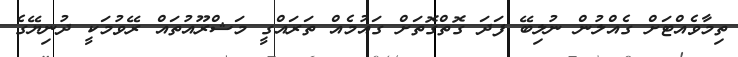
ތިމާވެއްޓަށް ގެއްލުން ނުލިބޭ ފަދަ ގޮތްގޮތަށް ގައުމެއް ތަރައްގީ މަޝްރޫއުތައް ރޭވުމަކީ ދުނިޔޭގެ